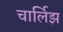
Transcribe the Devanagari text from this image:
चार्लिझ